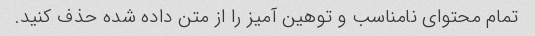
تمام محتوای نامناسب و توهین آمیز را از متن داده شده حذف کنید.